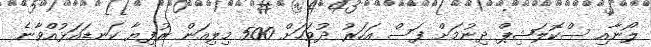
ލޯނާއި ސްކޮލަޝިޕް ދިނުމަށް ފަސް އަހަރު ދުވަހަށް 500 މިލިއަން ރުފިޔާ ކަނޑައަޅުއްވާނެ